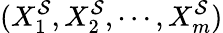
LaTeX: (X_{1}^{\mathcal{S}},X_{2}^{\mathcal{S}},\cdots,X_{m}^{\mathcal{S}})